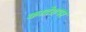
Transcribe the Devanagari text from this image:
कादेशपर